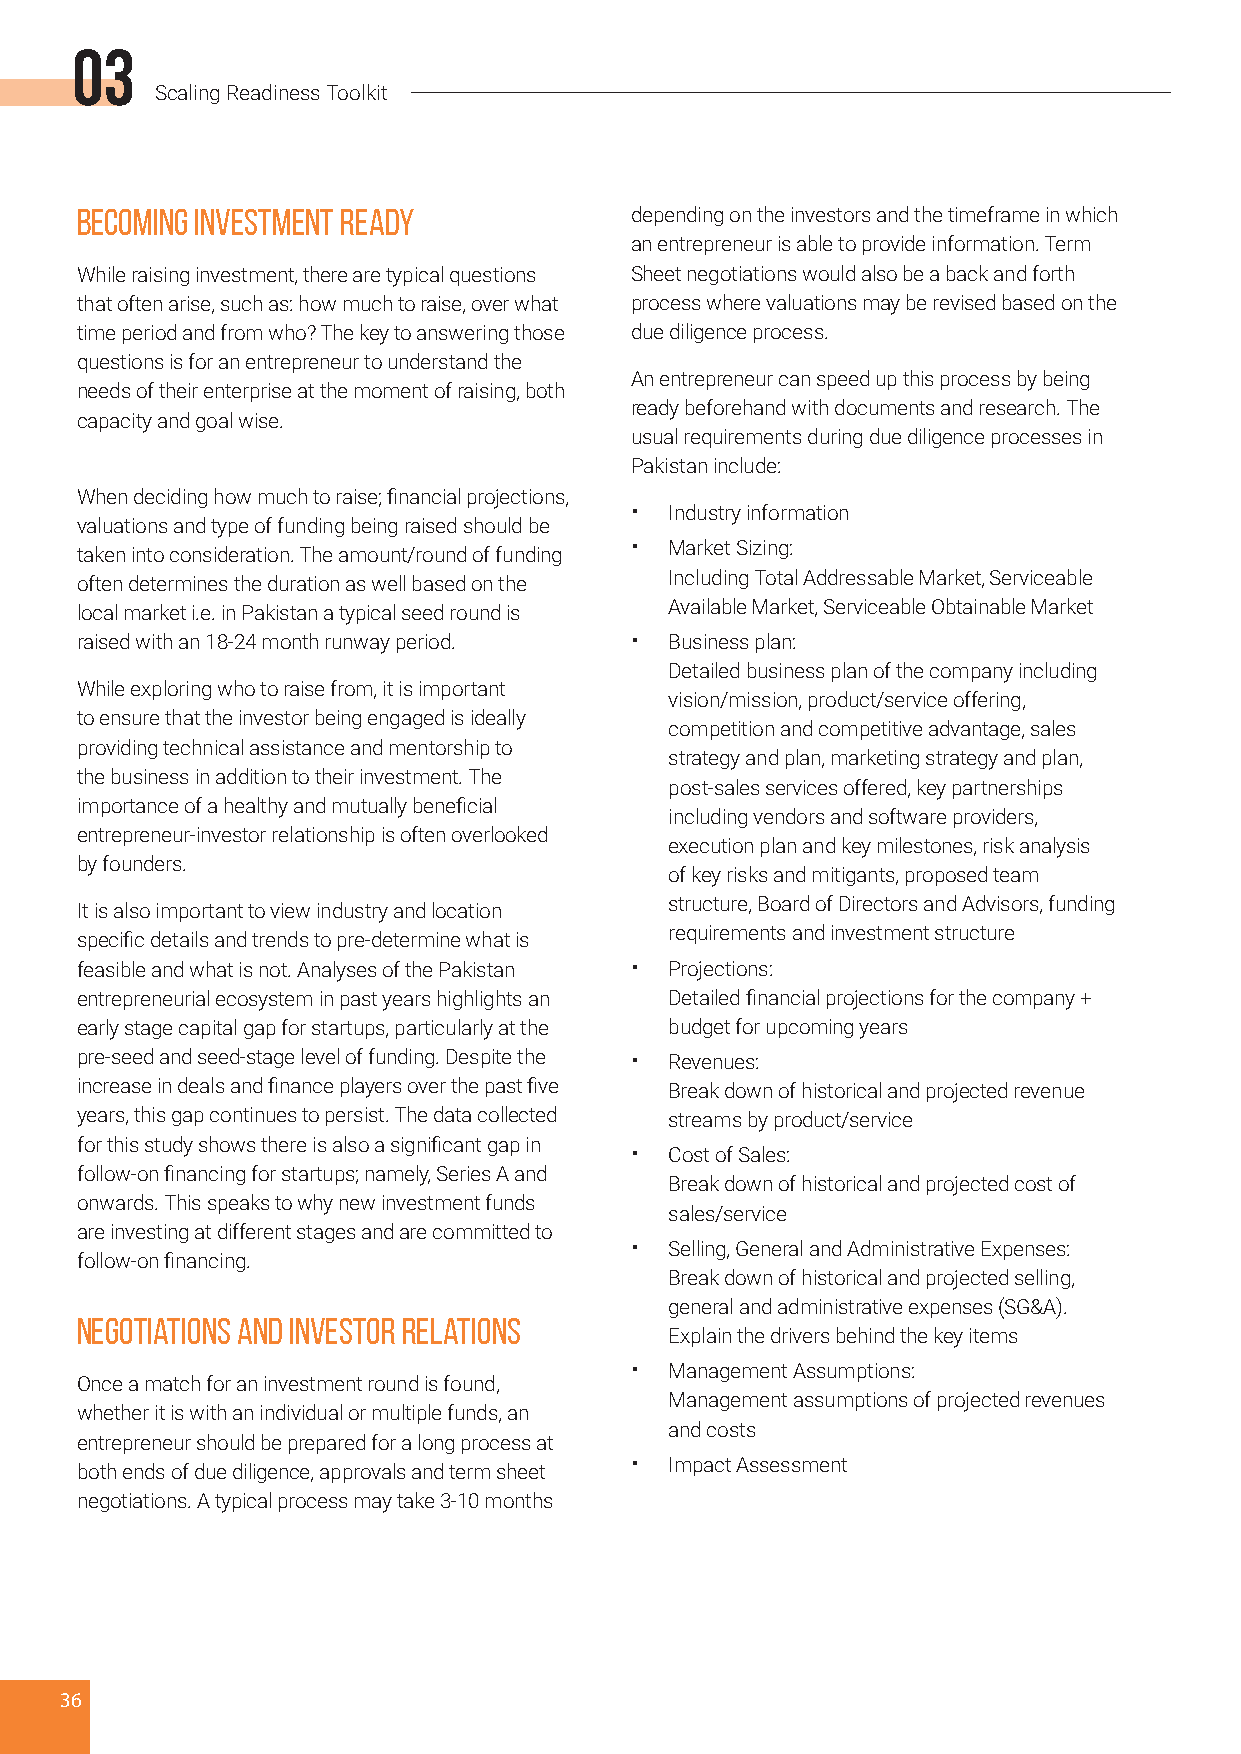
03
 Scaling Readiness Toolkit
 Becoming Investment Ready            depending on the investors and the timeframe in which
 an entrepreneur is able to provide information. Term
 While raising investment, there are typical questions Sheet negotiations would also be a back and forth
 that often arise, such as: how much to raise, over what process where valuations may be revised based on the
 time period and from who? The key to answering those due diligence process.
 questions is for an entrepreneur to understand the
 An entrepreneur can speed up this process by being
 needs of their enterprise at the moment of raising, both
 ready beforehand with documents and research. The
 capacity and goal wise.
 usual requirements during due diligence processes in
 Pakistan include:
 When deciding how much to raise; financial projections,
 • Industry information
 valuations and type of funding being raised should be
 • Market Sizing:
 taken into consideration. The amount/round of funding
 Including Total Addressable Market, Serviceable
 often determines the duration as well based on the
 Available Market, Serviceable Obtainable Market
 local market i.e. in Pakistan a typical seed round is
 raised with an 18-24 month runway period. • Business plan:
 Detailed business plan of the company including
 While exploring who to raise from, it is important
 vision/mission, product/service offering,
 to ensure that the investor being engaged is ideally
 competition and competitive advantage, sales
 providing technical assistance and mentorship to
 strategy and plan, marketing strategy and plan,
 the business in addition to their investment. The
 post-sales services offered, key partnerships
 importance of a healthy and mutually beneficial
 including vendors and software providers,
 entrepreneur-investor relationship is often overlooked
 execution plan and key milestones, risk analysis
 by founders.
 of key risks and mitigants, proposed team
 structure, Board of Directors and Advisors, funding
 It is also important to view industry and location
 requirements and investment structure
 specific details and trends to pre-determine what is
 feasible and what is not. Analyses of the Pakistan • Projections:
 entrepreneurial ecosystem in past years highlights an Detailed financial projections for the company +
 early stage capital gap for startups, particularly at the budget for upcoming years
 pre-seed and seed-stage level of funding. Despite the • Revenues:
 increase in deals and finance players over the past five Break down of historical and projected revenue
 years, this gap continues to persist. The data collected streams by product/service
 for this study shows there is also a significant gap in
 • Cost of Sales:
 follow-on financing for startups; namely, Series A and
 Break down of historical and projected cost of
 onwards. This speaks to why new investment funds
 sales/service
 are investing at different stages and are committed to
 • Selling, General and Administrative Expenses:
 follow-on financing.
 Break down of historical and projected selling,
 general and administrative expenses (SG&A).
 Negotiations and Investor Relations
 Explain the drivers behind the key items
 • Management Assumptions:
 Once a match for an investment round is found,
 Management assumptions of projected revenues
 whether it is with an individual or multiple funds, an
 and costs
 entrepreneur should be prepared for a long process at
 • Impact Assessment
 both ends of due diligence, approvals and term sheet
 negotiations. A typical process may take 3-10 months
 36